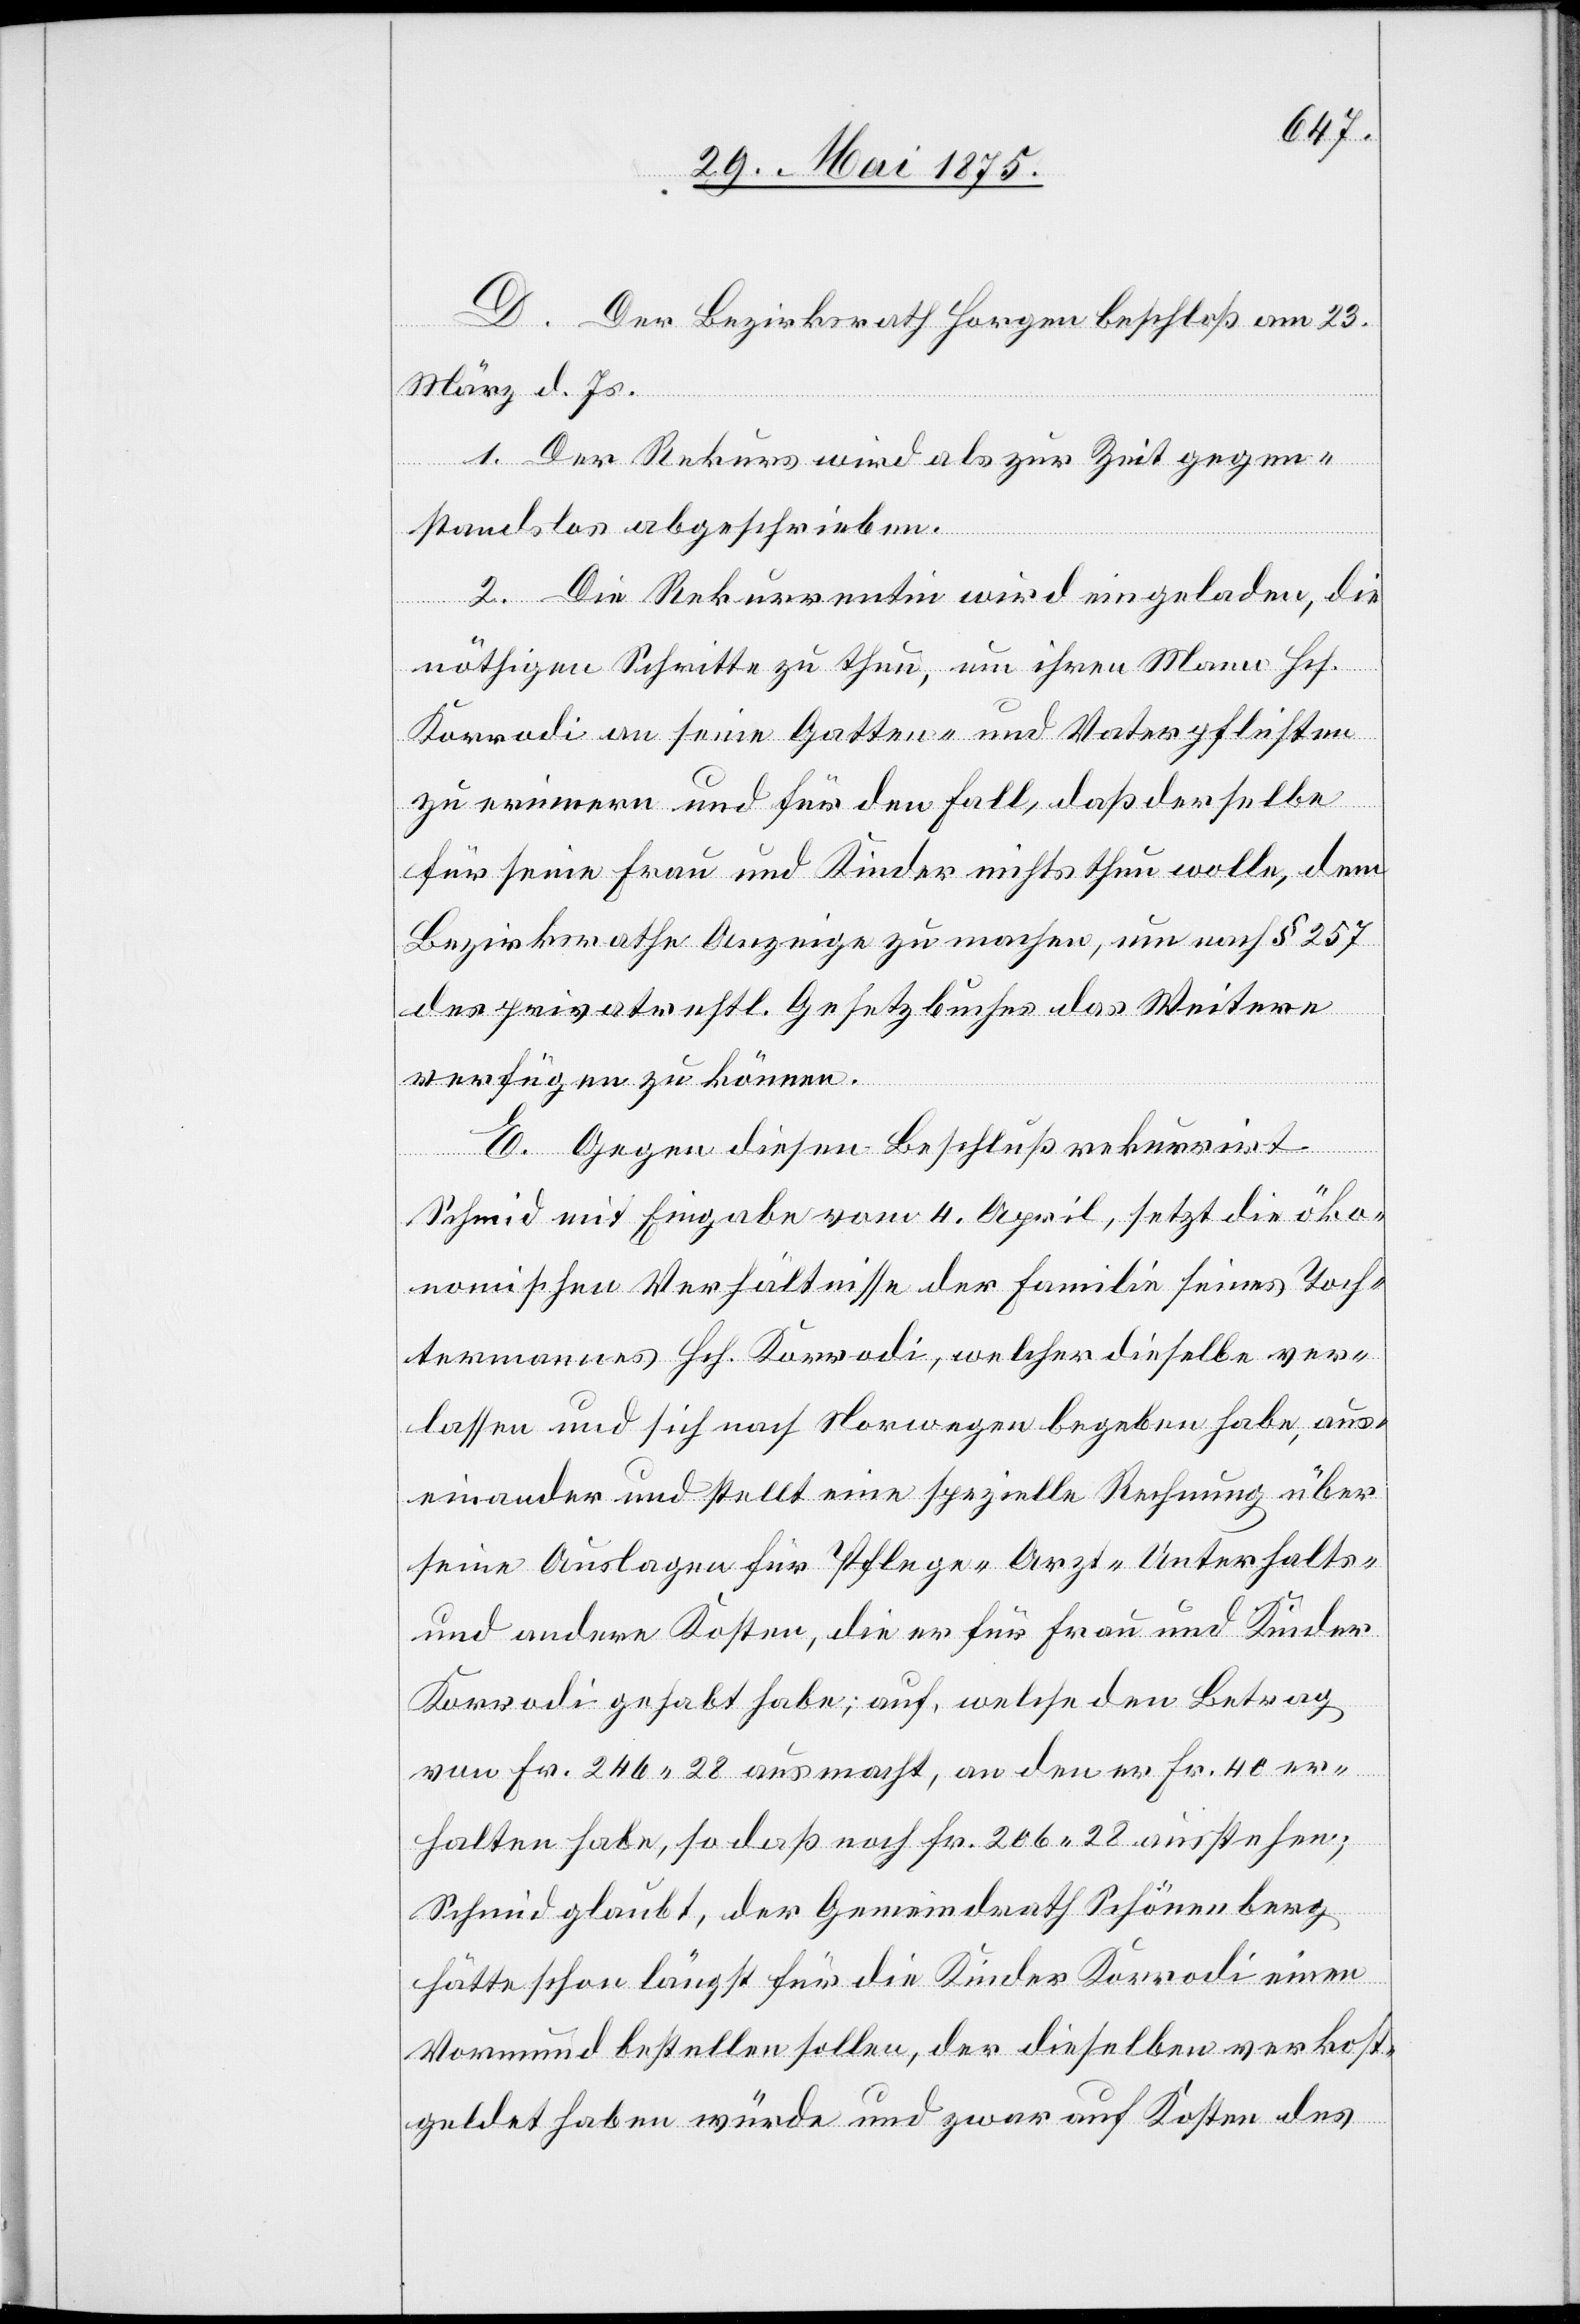
D. Der Bezirksrath Horgen beschloß am 23.
März. d. Js.[:]
1. Der Rekurs wird als zur Zeit gegen¬
standlos abgeschrieben.
2. Die Rekurrentin wird eingeladen, die
nöthigen Schritte zu thun, um ihren Mann Hch.
Korradi an seine Gatten- und Vaterpflichten
zu erinnern und für den Fall, daß derselbe
für seine Frau und Kinder nichts thun wolle, dem
Bezirksrathe Anzeige zu machen, um nach § 257
des privatrechtl. Gesetzbuches das Weitere
verfügen zu können.
E. Gegen diesen Beschluß rekurrirt
Schmid mit Eingabe vom 4. April, setzt die öko¬
nomischen Verhältnisse der Familie seines Toch¬
termannes Hch. Korradi, welcher dieselbe ver¬
lassen und sich nach Norwegen begeben habe, aus¬
einander und stellt eine spezielle Rechnung über
seine Auslagen für Pflege- Arzt- Unterhalts-
und andere Kosten, die er für Frau und Kinder
Korradi gehabt habe; auf welche den Betrag
von Fr. 246 28 ausmacht, an den er Fr. 40 er¬
halten habe, so daß noch Fr. 206 28 ausstehen;
Schmid glaubt, der Gemeindrath Schönenberg
hätte schon längst für die Kinder Korradi einen
Vormund bestellen sollen, der dieselben verkost¬
geldet haben würde und zwar auf Kosten des